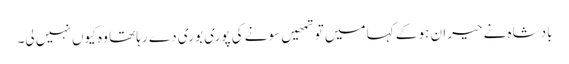
بادشاہ نے حیران ہو کے کہا میں تو تمھیں سونے کی پوری بوری دے رہا تھا وہ کیوں نہیں لی۔